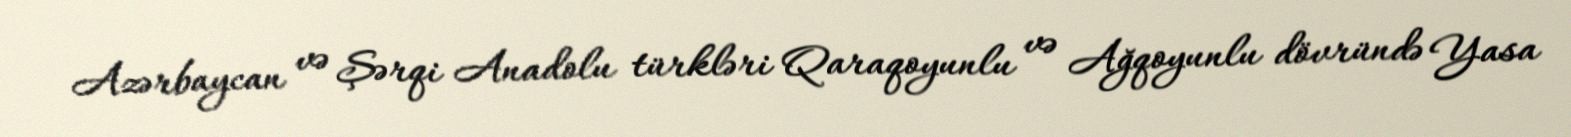
Azərbaycan və Şərqi Anadolu türkləri Qaraqoyunlu və Ağqoyunlu dövründə Yasa